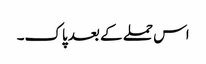
اس حملے کے بعد پاک۔